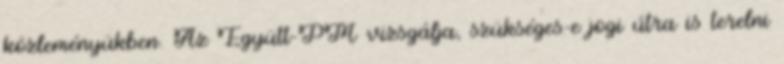
közleményükben. Az Együtt-PM vizsgálja, szükséges-e jogi útra is terelni